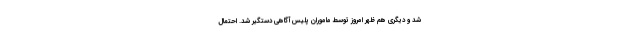
شد و دیگری هم ظهر امروز توسط ماموران پلیس آگاهی دستگیر شد. احتمال